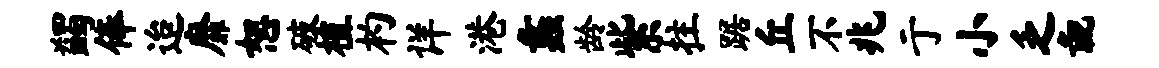
蠲俸迨靡恕破植杓详港蠡龄紫拄踞丘不兆亍小乏彘